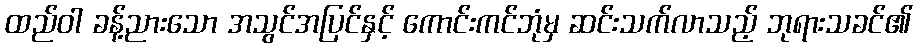
ထည်ဝါ ခန့်ညားသော အသွင်အပြင်နှင့် ကောင်းကင်ဘုံမှ ဆင်းသက်လာသည့် ဘုရားသခင်၏